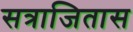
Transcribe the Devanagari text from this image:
सत्राजितास